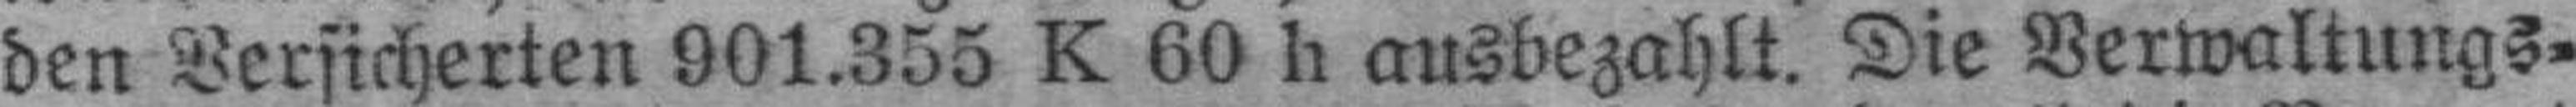
den Versicherten 901.355 K 60 h ausbezahlt. Die Verwaltungs¬